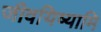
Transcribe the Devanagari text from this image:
जीवयिष्यामि